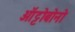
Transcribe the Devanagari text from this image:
ऑट्टोबोनो